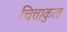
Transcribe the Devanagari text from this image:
चित्ताकुल